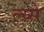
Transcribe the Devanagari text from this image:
ल्य्से